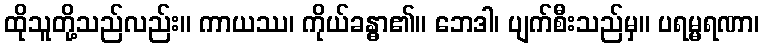
ထိုသူတို့သည်လည်း။ ကာယဿ၊ ကိုယ်ခန္ဓာ၏။ ဘေဒါ၊ ပျက်စီးသည်မှ။ ပရမ္မရဏာ၊